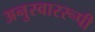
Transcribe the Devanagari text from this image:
अनुस्वाररूपी